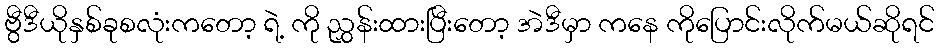
ဗွီဒီယိုနှစ်ခုစလုံးကတော့ ရဲ့ ကို ညွှန်းထားပြီးတော့ အဲဒီမှာ ကနေ ကိုပြောင်းလိုက်မယ်ဆိုရင်